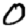
Digit: 0